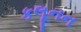
કલૂનન